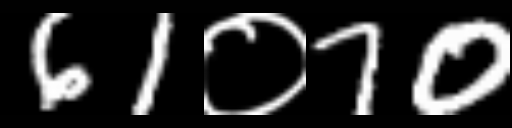
Text: 61०70